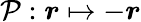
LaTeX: \mathcal{P}:\boldsymbol{r}\mapsto-\boldsymbol{r}